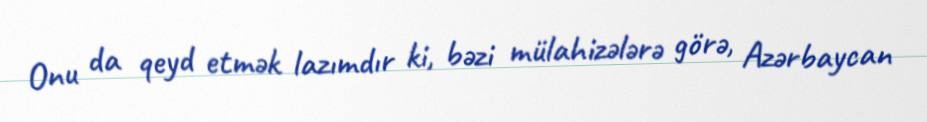
Onu da qeyd etmək lazımdır ki, bəzi mülahizələrə görə, Azərbaycan